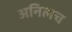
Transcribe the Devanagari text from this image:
अनिलच